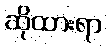
ဆိုထားရာ